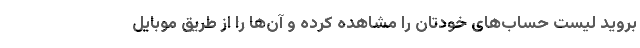
بروید لیست حساب‌های خودتان را مشاهده کرده و آن‌ها را از طریق موبایل